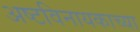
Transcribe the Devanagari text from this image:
अष्टविनायकाच्या